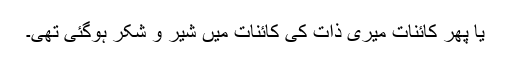
یا پھر کائنات میری ذات کی کائنات میں شِیر و شَکر ہوگئی تھی۔